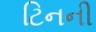
ટિનની